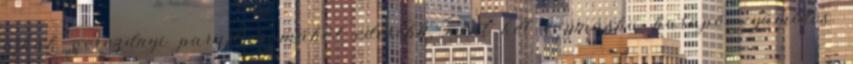
ajkak gerezdnyi paradicsomából édesebb, mint két egymásba harapó gyümölcs.